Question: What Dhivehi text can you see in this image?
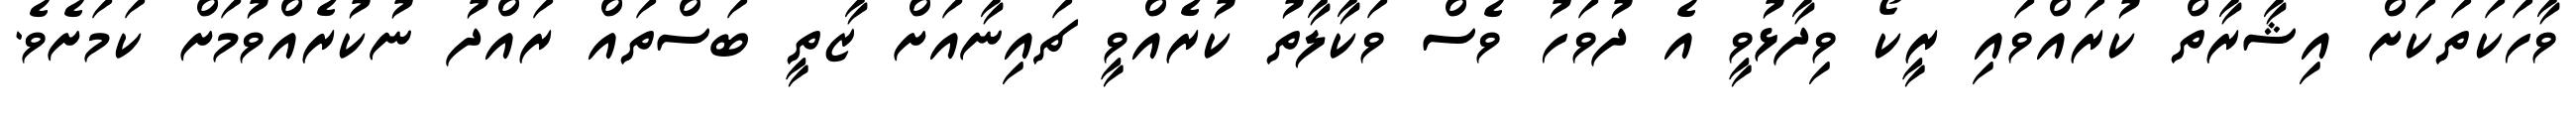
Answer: ވާހަކަތަކަށް އިޝާރާތް ކުރައްވައި ރީކޯ ވިދާޅުވީ އެ ދުވަހު ވެސް ވަކާލާތު ކުރެއްވީ ޗައިނާއަށް ޒާތީ ބަސްތައް ރައްދު ނުކުރެއްވުމަށް ކަމަށެވެ.